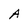
Character: A